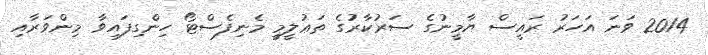
2014 ވަނަ އަހަރު ރައީސް ޔާމީނުގެ ސަރުކާރުގެ ތަޢުލީމީ މެނިފެސްޓޯ ހިންގިފައިވާ މިންވަރާއި